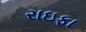
રાઇફા